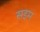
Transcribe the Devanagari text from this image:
सइम